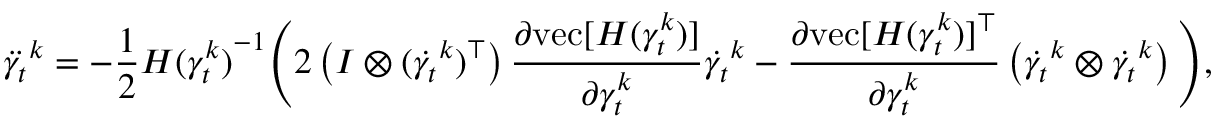
\ddot { \gamma _ { t } } ^ { k } = - \frac { 1 } { 2 } { H ( \gamma _ { t } ^ { k } ) } ^ { - 1 } \Bigg ( 2 \left( I \otimes ( \dot { \gamma _ { t } } ^ { k } ) ^ { \top } \right) \frac { \partial \mathrm { v e c } [ H ( \gamma _ { t } ^ { k } ) ] } { \partial \gamma _ { t } ^ { k } } \dot { \gamma _ { t } } ^ { k } - \frac { \partial \mathrm { v e c } [ H ( \gamma _ { t } ^ { k } ) ] ^ { \top } } { \partial \gamma _ { t } ^ { k } } \left( \dot { \gamma _ { t } } ^ { k } \otimes \dot { \gamma _ { t } } ^ { k } \right) \Bigg ) ,